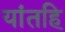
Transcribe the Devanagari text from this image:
यांतहि